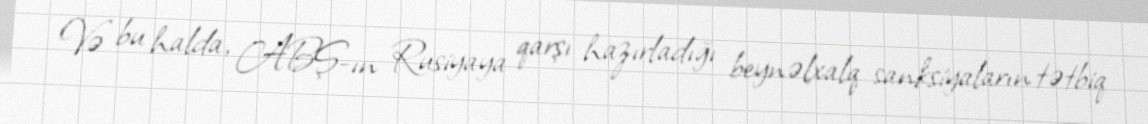
Və bu halda, ABŞ-ın Rusiyaya qarşı hazırladığı beynəlxalq sanksiyaların tətbiq